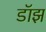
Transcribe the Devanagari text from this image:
डॉझ